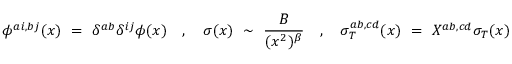
\phi ^ { a i , b j } ( x ) ~ = ~ \delta ^ { a b } \delta ^ { i j } \phi ( x ) ~ ~ ~ , ~ ~ ~ \sigma ( x ) ~ \sim ~ \frac { B } { ( x ^ { 2 } ) ^ { \beta } } ~ ~ ~ , ~ ~ ~ \sigma _ { T } ^ { a b , c d } ( x ) ~ = ~ X ^ { a b , c d } \sigma _ { T } ( x )